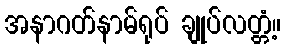
အနာဂတ်နာမ်ရုပ် ချုပ်လတ္တံ့။